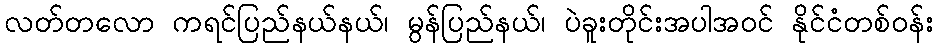
လတ်တလော ကရင်ပြည်နယ်နယ်၊ မွန်ပြည်နယ်၊ ပဲခူးတိုင်းအပါအဝင် နိုင်ငံတစ်ဝန်း